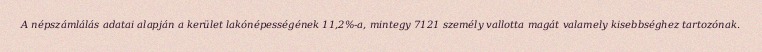
A népszámlálás adatai alapján a kerület lakónépességének 11,2%-a, mintegy 7121 személy vallotta magát valamely kisebbséghez tartozónak.